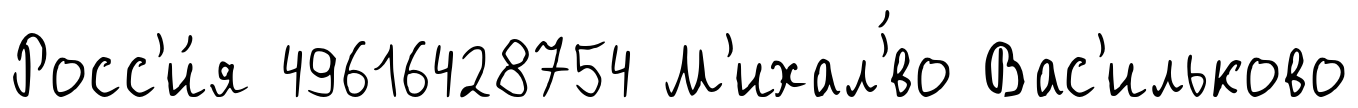
Росс'и́я 49616428754 М'ихал'́во Вас'ильково